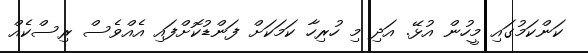
ކަންކަމުގައި މީހުން އުޅޭ. އަދި މި ހުރިހާ ކަމަކަށް ފަންޑުކޮށްފައި އެއްވެސް ރިސްކެއް